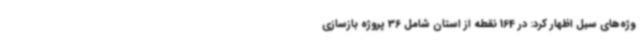
وژه‌های سیل اظهار کرد: در 164 نقطه از استان شامل 36 پروژه بازسازی